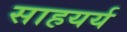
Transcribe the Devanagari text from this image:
साहयर्य